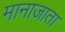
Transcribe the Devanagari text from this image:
मानाजाता